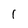
Character: 1